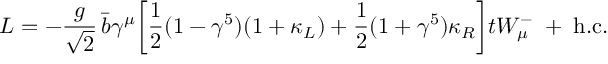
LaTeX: { \cal L } = - \frac { g } { \sqrt { 2 } } \, \bar { b } \gamma ^ { \mu } \biggr [ \frac { 1 } { 2 } ( 1 - \gamma ^ { 5 } ) ( 1 + \kappa _ { L } ) + \frac { 1 } { 2 } ( 1 + \gamma ^ { 5 } ) \kappa _ { R } \biggr ] t W _ { \mu } ^ { - } \; + \; \mathrm { h . c . }